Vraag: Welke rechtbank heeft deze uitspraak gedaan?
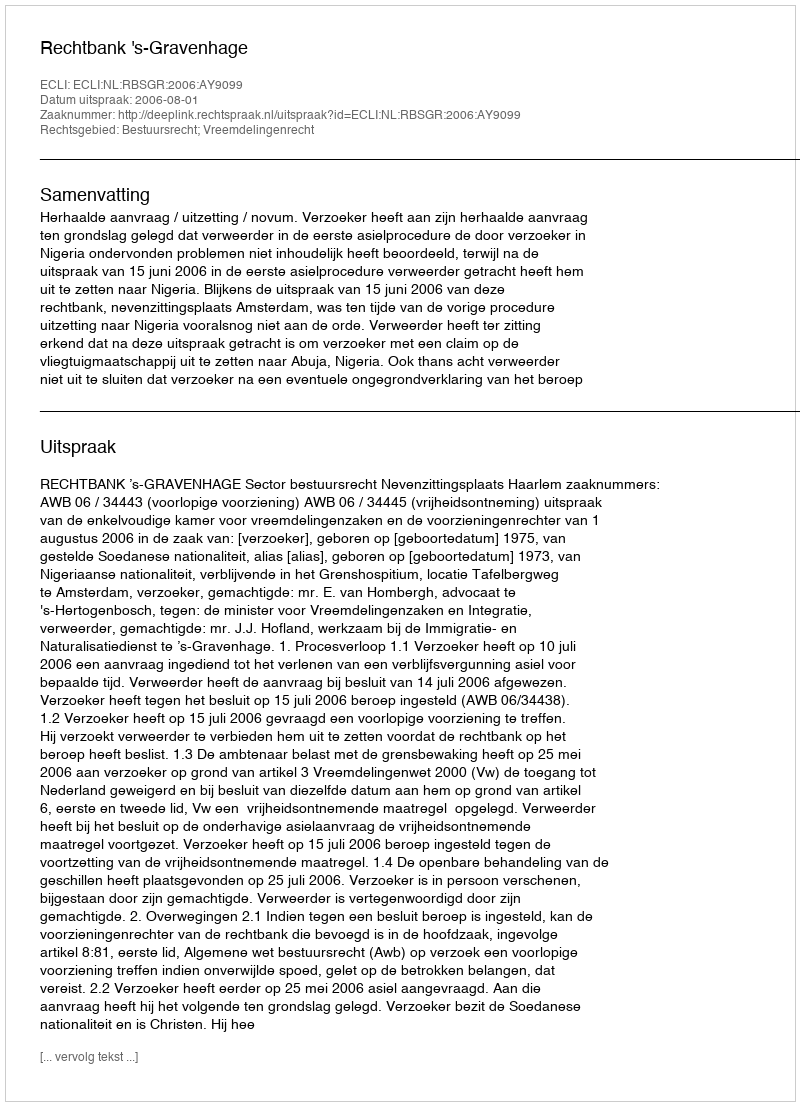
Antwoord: Rechtbank 's-Gravenhage